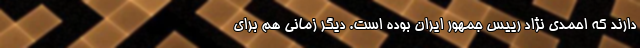
دارند که احمدی نژاد رییس جمهور ایران بوده است. دیگر زمانی هم برای